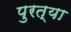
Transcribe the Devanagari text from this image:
पुरत्या